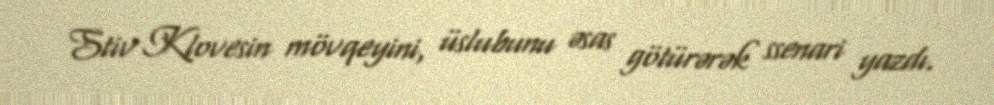
Stiv Klovesin mövqeyini, üslubunu əsas götürərək ssenari yazdı.